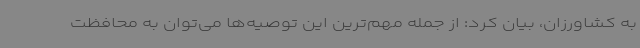
به کشاورزان، بیان کرد: از جمله مهم‌ترین این توصیه‌ها می‌توان به محافظت